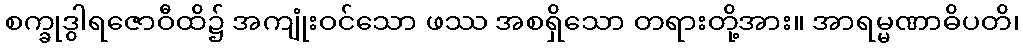
စက္ခုဒွါရဇောဝီထိ၌ အကျုံးဝင်သော ဖဿ အစရှိသော တရားတို့အား။ အာရမ္မဏာဓိပတိ၊